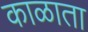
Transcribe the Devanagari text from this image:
काळाता